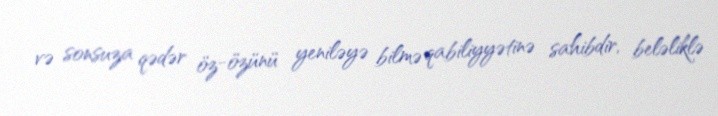
və sonsuza qədər öz-özünü yeniləyə bilmə qabiliyyətinə sahibdir, beləliklə